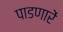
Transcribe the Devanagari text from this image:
पाडणारें